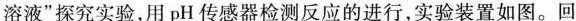
溶液”探究实验，用pH传感器检测反应的进行，实验装置如图。回